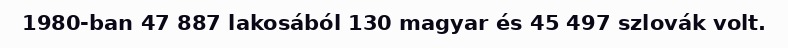
1980-ban 47 887 lakosából 130 magyar és 45 497 szlovák volt.